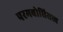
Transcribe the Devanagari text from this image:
परमबोधिसत्त्व